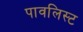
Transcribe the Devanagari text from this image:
पावलिस्ट